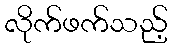
လိုက်ဖက်သည့်